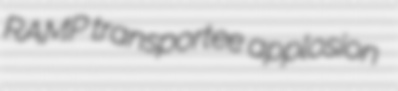
RAMP transportee applosion